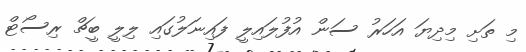
މި ތަށި މިދިޔަ އަހަރު ސަން އުފުލައިލީ ފައިނަލުގައި ލިލީ ބީޗް ރިސޯޓް